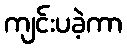
ကျင်းပခဲ့ကာ